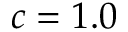
c = 1 . 0